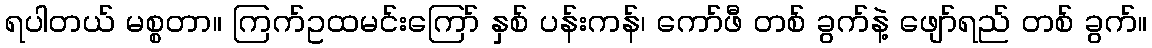
ရပါတယ် မစ္စတာ။ ကြက်ဥထမင်းကြော် နှစ် ပန်းကန်၊ ကော်ဖီ တစ် ခွက်နဲ့ ဖျော်ရည် တစ် ခွက်။